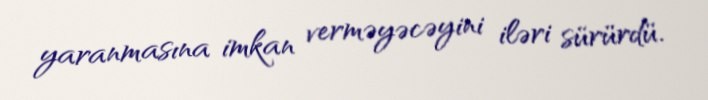
yaranmasına imkan verməyəcəyini iləri sürürdü.